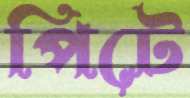
পিটে